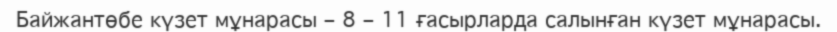
Байжантөбе күзет мұнарасы – 8 – 11 ғасырларда салынған күзет мұнарасы.